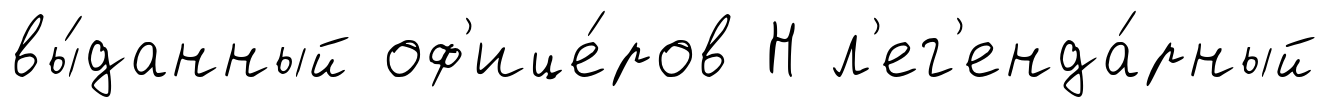
вы́данный оф'ице́ров Н л'ег'енда́рный